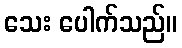
သေး ပေါက်သည်။